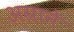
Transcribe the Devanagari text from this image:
अग्राने